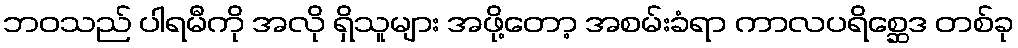
ဘဝသည် ပါရမီကို အလို ရှိသူများ အဖို့တော့ အစမ်းခံရာ ကာလပရိစ္ဆေဒ တစ်ခု